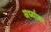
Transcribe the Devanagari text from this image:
अर्ध्यावर